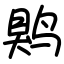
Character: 䴗